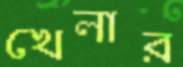
খেলার